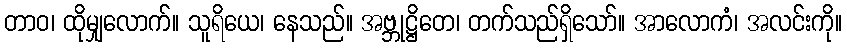
တာဝ၊ ထိုမျှလောက်။ သူရိယေ၊ နေသည်။ အဗ္ဘုဋ္ဌိတေ၊ တက်သည်ရှိသော်။ အာလောကံ၊ အလင်းကို။